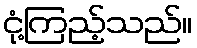
ငုံ့ကြည့်သည်။